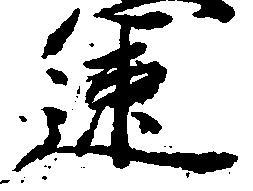
速